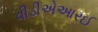
વીડીએઆરઈ